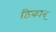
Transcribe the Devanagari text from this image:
ठिकान्